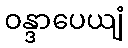
ဝန္ဒာပေယျံ